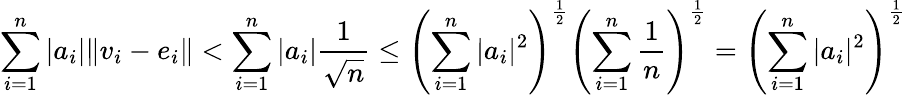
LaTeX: \sum_{i=1}^{n}|a_{i}|\| v_{i}-e_{i}\| <\sum_{i=1}^{n}|a_{i}|\frac{1}{\sqrt{n}}\leq\left(\sum_{i=1}^{n}|a_{i}|^{2}\right)^{\frac{1}{2}}\left(\sum_{i=1}^{n}\frac{1}{n}\right)^{\frac{1}{2}}=\left(\sum_{i=1}^{n}|a_{i}|^{2}\right)^{\frac{1}{2}}